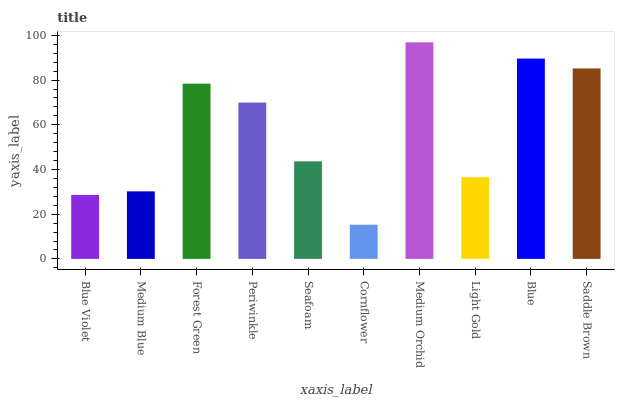
| xaxis_label | bars |
 | --- | --- |
 | Blue Violet | 28.6 |
 | Medium Blue | 30.2 |
 | Forest Green | 78.4 |
 | Periwinkle | 69.9 |
 | Seafoam | 43.6 |
 | Cornflower | 15.3 |
 | Medium Orchid | 96.9 |
 | Light Gold | 36.6 |
 | Blue | 89.6 |
 | Saddle Brown | 85.2 |